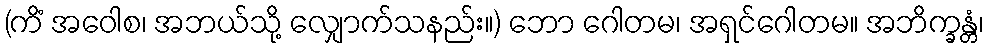
(ကိံ အဝေါစ၊ အဘယ်သို့ လျှောက်သနည်း။) ဘော ဂေါတမ၊ အရှင်ဂေါတမ။ အဘိက္ခန္တံ၊